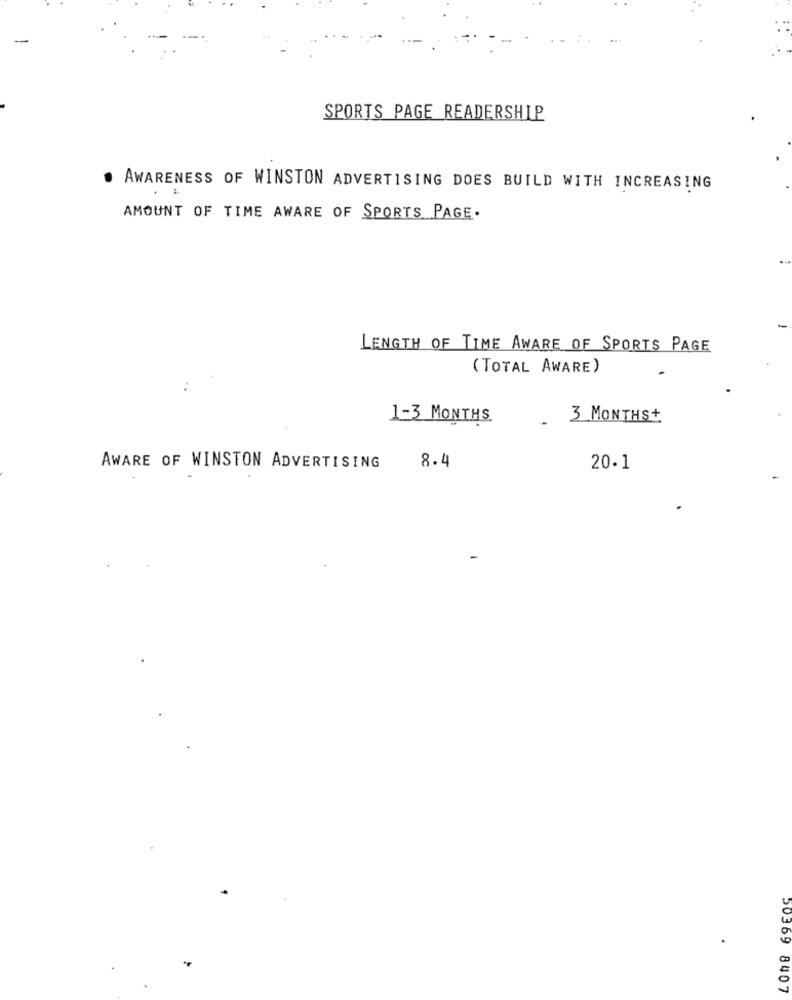
SPORTS PAGE READERSHIP
AWARENESS OF WINSTON ADVERTISING DOES BUILD WITH INCREASING
AMOUNT OF TIME AWARE OF SPORTS PAGE.
LENGTH OF TIME AWARE OF SPORTS PAGE
(TOTAL AWARE)
1-3 MONTHS
3 MONTHS+
8.4
AWARE OF WINSTON ADVERTISING
20.1
50369 8407